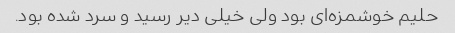
حلیم خوشمزه‌ای بود ولی خیلی دیر رسید و سرد شده بود.